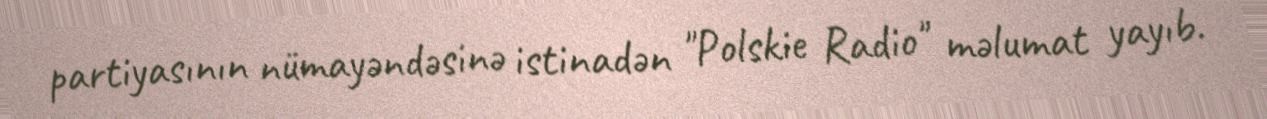
partiyasının nümayəndəsinə istinadən "Polskie Radio" məlumat yayıb.